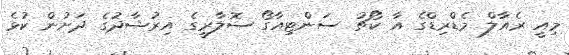
މިއީ ރެއާލް މެޑްރިޑްގެ އާ ކޯޗު ސަންޓިއާގޯ ސޮލާރީގެ އިރުޝާދުގެ ދަށުން ކުޅެ